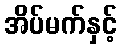
အိပ်မက်နှင့်